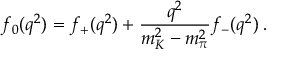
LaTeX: f _ { 0 } ( q ^ { 2 } ) = f _ { + } ( q ^ { 2 } ) + \frac { q ^ { 2 } } { m _ { K } ^ { 2 } - m _ { \pi } ^ { 2 } } f _ { - } ( q ^ { 2 } ) \: .